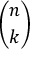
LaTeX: \binom { n } { k }